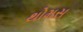
થોમસ